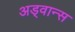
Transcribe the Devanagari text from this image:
अड्वान्स